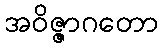
အဝိဇ္ဇာဂတော